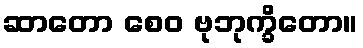
ဆာတော စေဝ ဗုဘုက္ခိတော။